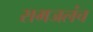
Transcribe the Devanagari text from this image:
समजलंच